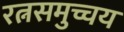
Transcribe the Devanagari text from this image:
रत्नसमुच्चय